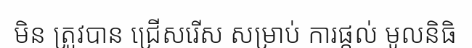
មិន ត្រូវបាន ជ្រើសរើស សម្រាប់ ការផ្តល់ មូលនិធិ